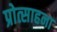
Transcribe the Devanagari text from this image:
प्रोत्साहना